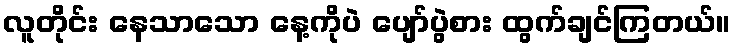
လူတိုင်း နေသာသော နေ့ကိုပဲ ပျော်ပွဲစား ထွက်ချင်ကြတယ်။